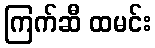
ကြက်ဆီ ထမင်း